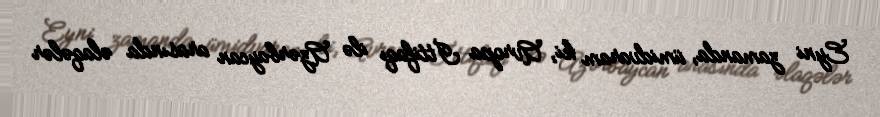
Eyni zamanda, ümidvaram ki, Avropa İttifaqı ilə Azərbaycan arasında əlaqələr